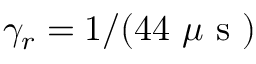
\gamma _ { r } = 1 / ( 4 4 ~ \mu \mathrm { ~ s ~ } )